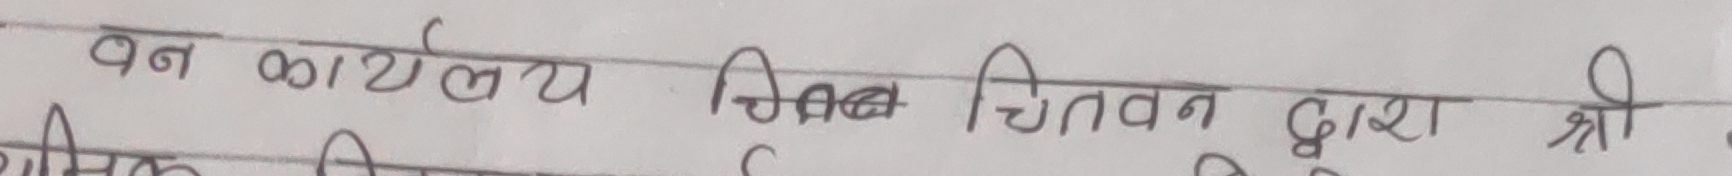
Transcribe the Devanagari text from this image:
वन कार्यालय चितवन द्वारा श्री